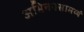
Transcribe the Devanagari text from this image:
अभिनयसामर्थ्य